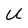
Character: U